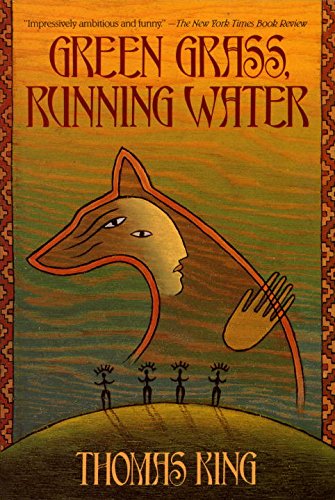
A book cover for Green Grass, Running Water; Thomas King; Literature & Fiction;